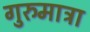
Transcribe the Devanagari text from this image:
गुरुमात्रा